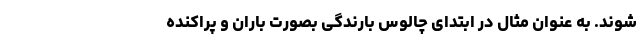
شوند. به عنوان مثال در ابتدای چالوس بارندگی بصورت باران و پراکنده